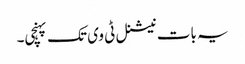
یہ بات نیشنل ٹی وی تک پہنچی۔